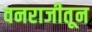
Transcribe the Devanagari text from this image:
वनराजीतून